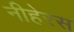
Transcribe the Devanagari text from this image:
नीहेरस